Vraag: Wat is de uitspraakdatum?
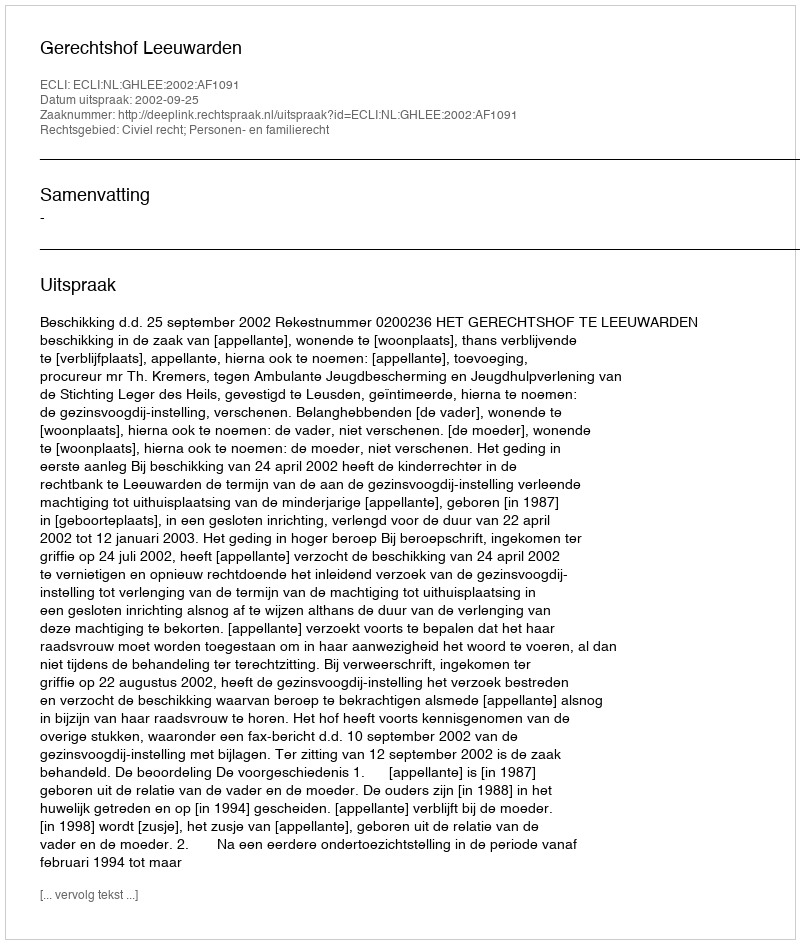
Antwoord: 2002-09-25